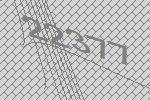
22377